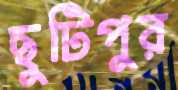
ছুটিপুর